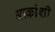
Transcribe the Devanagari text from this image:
आकांशी